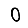
Digit: 0